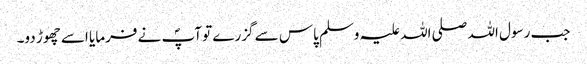
جب رسول اللہ صلی اللہ علیہ وسلم پاس سے گزرے تو آپؐ نے فرمایا اسے چھوڑ دو۔